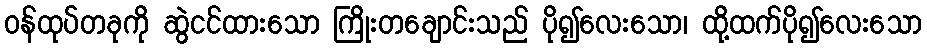
ဝန်ထုပ်တခုကို ဆွဲငင်ထားသော ကြိုးတချောင်းသည် ပို၍လေးသော၊ ထို့ထက်ပို၍လေးသော